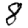
Digit: 8